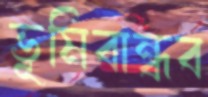
ভূমিবান্ধব